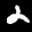
Label: 2